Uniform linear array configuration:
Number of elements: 64
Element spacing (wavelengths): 1
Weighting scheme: kaiser
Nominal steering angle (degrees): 15
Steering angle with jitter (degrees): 14.669
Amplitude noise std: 0.05
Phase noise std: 0.05

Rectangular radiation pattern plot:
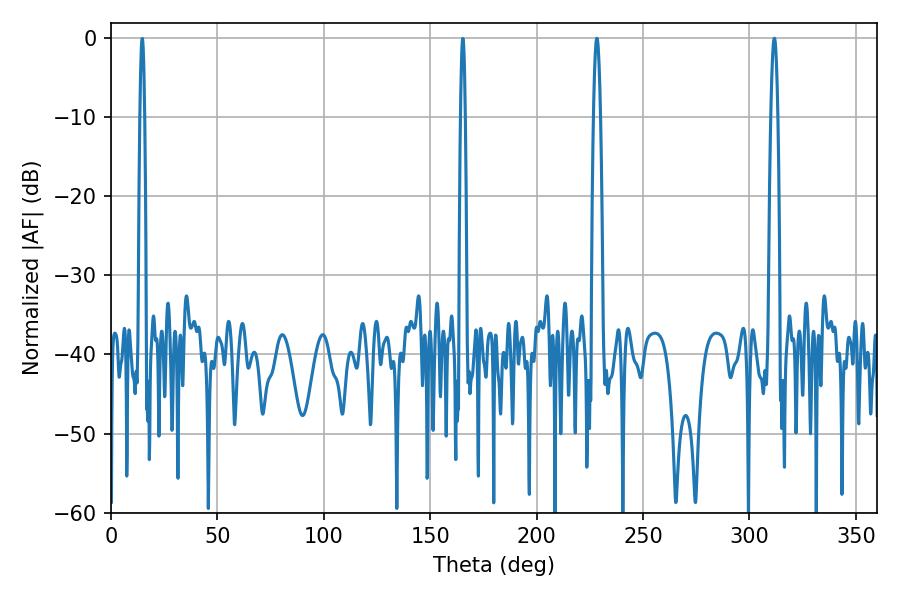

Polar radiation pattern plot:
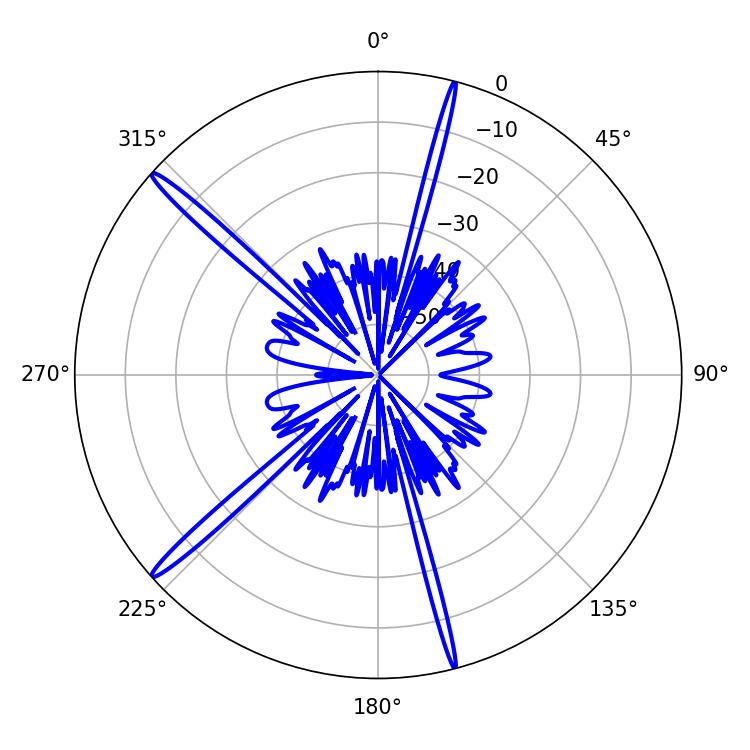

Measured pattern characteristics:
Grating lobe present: TRUE
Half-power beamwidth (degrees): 1.62
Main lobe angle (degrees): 311.76